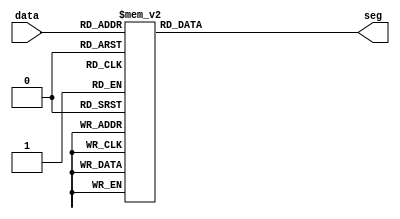
`timescale 1ns / 1ps
//////////////////////////////////////////////////////////////////////////////////
// Company: 
// Engineer: 
// 
// Design Name: 
// Module Name: seven_seg_converter
// Project Name: 
// Target Devices: 
// Tool Versions: 
// Description: 
// 
// Dependencies: 
// 
// Revision:
// Revision 0.01 - File Created
// Additional Comments:
// 
//////////////////////////////////////////////////////////////////////////////////


module seven_seg_converter(
    input [3:0] data,
    output reg [6:0] seg
    );
    
    always @(*)
      case(data)
        0: seg = 7'b1000000; 
        1: seg = 7'b1111001; 
        2: seg = 7'b0100100; 
        3: seg = 7'b0110000; 
        4: seg = 7'b0011001; 
        5: seg = 7'b0010010; 
        6: seg = 7'b0000010; 
        7: seg = 7'b1111000; 
        8: seg = 7'b0000000; 
        9: seg = 7'b0010000; 
        default: seg = 7'b0000001;
        
      endcase
    
endmodule